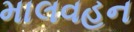
માલવહન